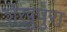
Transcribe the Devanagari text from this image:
शेख़ुपुरा